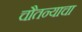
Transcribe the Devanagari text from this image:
चौतन्याचा